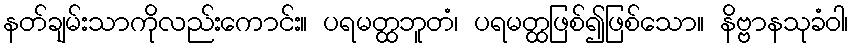
နတ်ချမ်းသာကိုလည်းကောင်း။ ပရမတ္ထဘူတံ၊ ပရမတ္ထဖြစ်၍ဖြစ်သော။ နိဗ္ဗာနသုခံဝါ၊